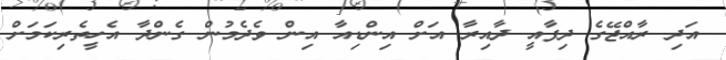
އަދި ރާއްޖޭގެ ދިފާއީ ދާއިރާ އަށް އިންޑިއާ އިން ވެދެމުން ގެންދާ އެހީތެރިކަމަށް